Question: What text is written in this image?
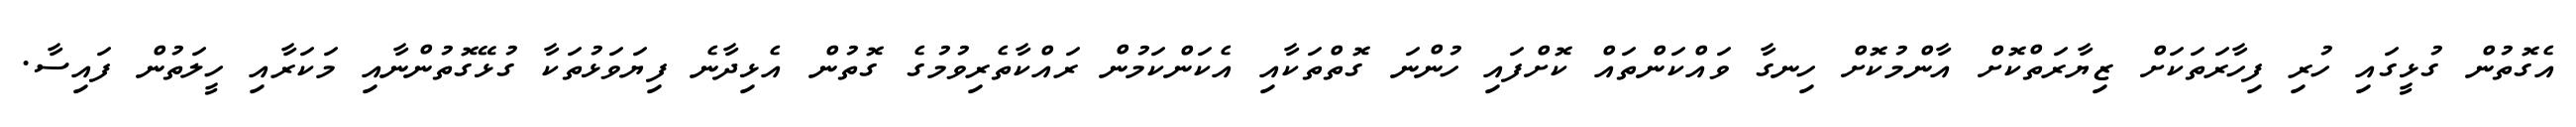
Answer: އެގޮތުން ގުޅީގައި ހުރި ފިހާރަތަކަށް ޒިޔާރަތްކޮށް އާންމުކޮށް ހިނގާ ވައްކަންތައް ކޮށްފައި ހުންނަ ގޮތްތަކާއި އެކަންކަމުން ރައްކާތެރިވުމުގެ ގޮތުން އެޅިދާނެ ފިޔަވަޅުތަކާ ގުޅޭގޮތުންނާއި މަކަރާއި ހީލަތުން ފައިސާ.